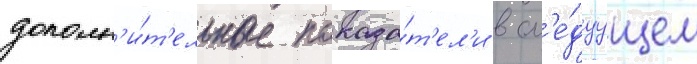
дополн'и́т'ельные показа́т'ел'и в сл'е́дуущем